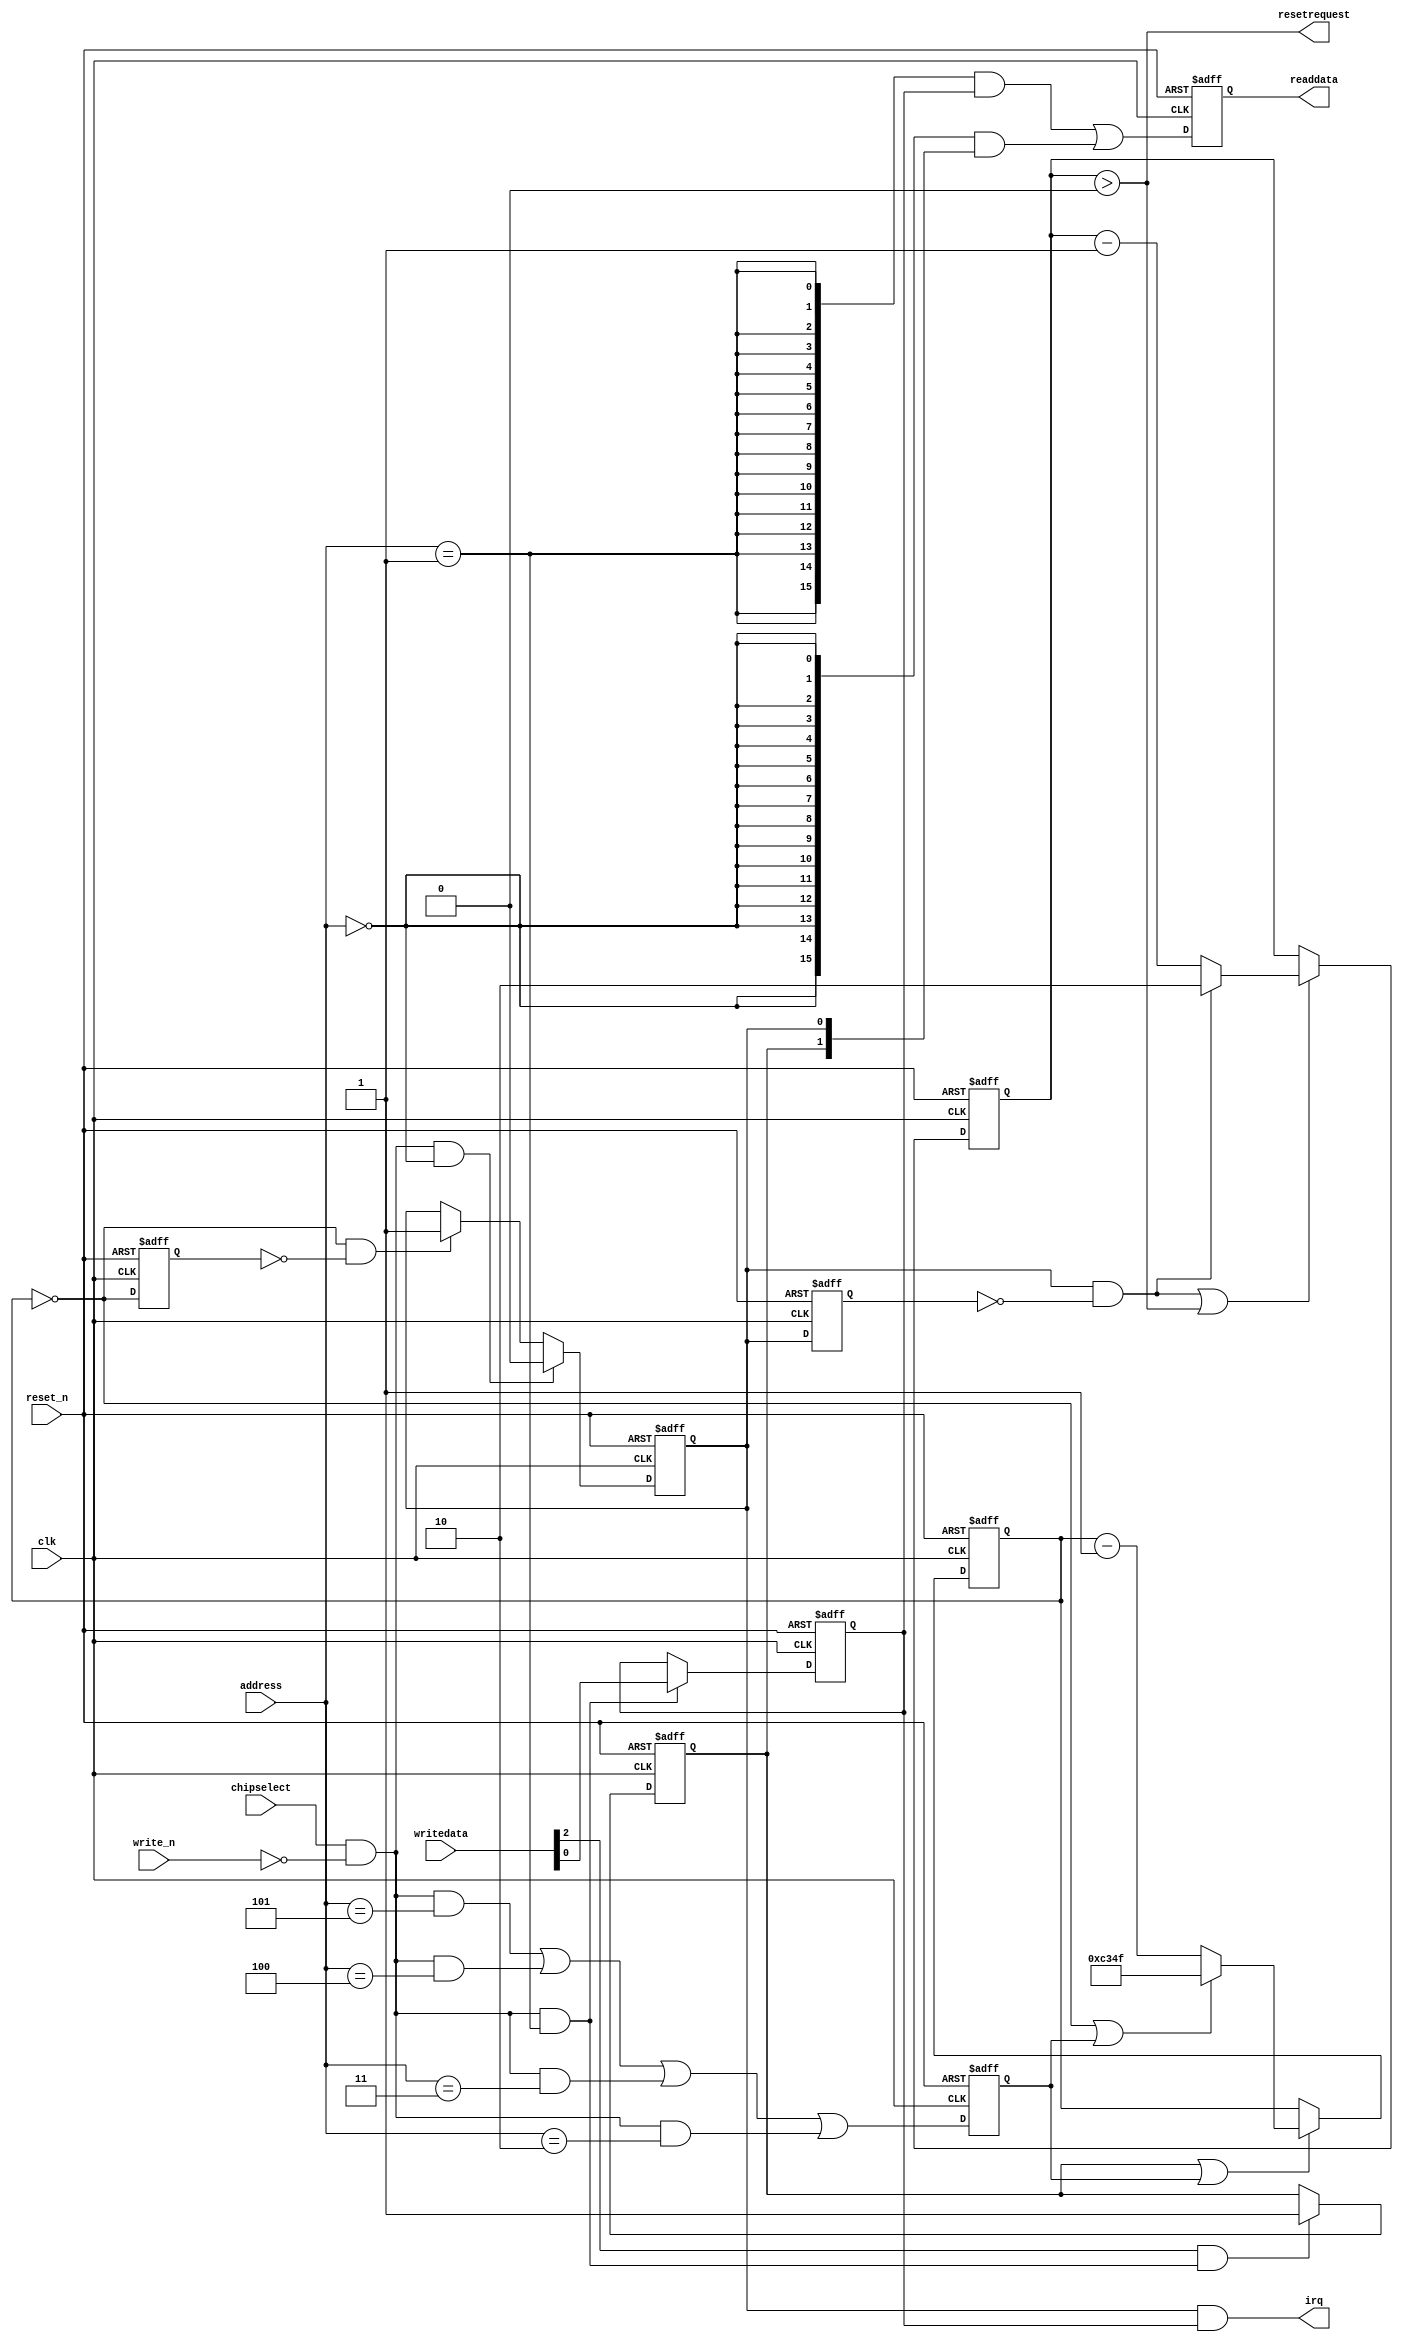
//Legal Notice: (C)2021 Altera Corporation. All rights reserved.  Your
//use of Altera Corporation's design tools, logic functions and other
//software and tools, and its AMPP partner logic functions, and any
//output files any of the foregoing (including device programming or
//simulation files), and any associated documentation or information are
//expressly subject to the terms and conditions of the Altera Program
//License Subscription Agreement or other applicable license agreement,
//including, without limitation, that your use is for the sole purpose
//of programming logic devices manufactured by Altera and sold by Altera
//or its authorized distributors.  Please refer to the applicable
//agreement for further details.

// synthesis translate_off
`timescale 1ns / 1ps
// synthesis translate_on

// turn off superfluous verilog processor warnings 
// altera message_level Level1 
// altera message_off 10034 10035 10036 10037 10230 10240 10030 

module lab62soc_timer_0 (
                          // inputs:
                           address,
                           chipselect,
                           clk,
                           reset_n,
                           write_n,
                           writedata,

                          // outputs:
                           irq,
                           readdata,
                           resetrequest
                        )
;

  output           irq;
  output  [ 15: 0] readdata;
  output           resetrequest;
  input   [  3: 0] address;
  input            chipselect;
  input            clk;
  input            reset_n;
  input            write_n;
  input   [ 15: 0] writedata;


wire             clk_en;
wire             control_interrupt_enable;
reg              control_register;
wire             control_wr_strobe;
reg              counter_is_running;
wire             counter_is_zero;
wire    [ 15: 0] counter_load_value;
reg              delayed_unxcounter_is_zeroxx0;
reg              delayed_unxtimeout_occurredxx1;
wire             do_start_counter;
wire             do_stop_counter;
reg              force_reload;
reg     [ 15: 0] internal_counter;
wire             irq;
wire             period_halfword_0_wr_strobe;
wire             period_halfword_1_wr_strobe;
wire             period_halfword_2_wr_strobe;
wire             period_halfword_3_wr_strobe;
wire    [ 15: 0] read_mux_out;
reg     [ 15: 0] readdata;
wire             resetrequest;
wire             start_strobe;
wire             status_wr_strobe;
reg     [  1: 0] timeout_counter;
wire    [  1: 0] timeout_counter_load_value;
wire             timeout_detected;
wire             timeout_event;
reg              timeout_occurred;
  assign clk_en = 1;
  always @(posedge clk or negedge reset_n)
    begin
      if (reset_n == 0)
          internal_counter <= 16'hC34F;
      else if (counter_is_running || force_reload)
          if (counter_is_zero    || force_reload)
              internal_counter <= counter_load_value;
          else 
            internal_counter <= internal_counter - 1;
    end


  assign counter_is_zero = internal_counter == 0;
  assign counter_load_value = 16'hC34F;
  always @(posedge clk or negedge reset_n)
    begin
      if (reset_n == 0)
          force_reload <= 0;
      else if (clk_en)
          force_reload <= period_halfword_3_wr_strobe || period_halfword_2_wr_strobe || period_halfword_1_wr_strobe || period_halfword_0_wr_strobe;
    end


  assign do_start_counter = start_strobe;
  assign do_stop_counter = 0;
  always @(posedge clk or negedge reset_n)
    begin
      if (reset_n == 0)
          counter_is_running <= 1'b0;
      else if (clk_en)
          if (do_start_counter)
              counter_is_running <= -1;
          else if (do_stop_counter)
              counter_is_running <= 0;
    end


  //delayed_unxcounter_is_zeroxx0, which is an e_register
  always @(posedge clk or negedge reset_n)
    begin
      if (reset_n == 0)
          delayed_unxcounter_is_zeroxx0 <= 0;
      else if (clk_en)
          delayed_unxcounter_is_zeroxx0 <= counter_is_zero;
    end


  assign timeout_event = (counter_is_zero) & ~(delayed_unxcounter_is_zeroxx0);
  always @(posedge clk or negedge reset_n)
    begin
      if (reset_n == 0)
          timeout_occurred <= 0;
      else if (clk_en)
          if (status_wr_strobe)
              timeout_occurred <= 0;
          else if (timeout_event)
              timeout_occurred <= -1;
    end


  assign irq = timeout_occurred && control_interrupt_enable;
  //s1, which is an e_avalon_slave
  //delayed_unxtimeout_occurredxx1, which is an e_register
  always @(posedge clk or negedge reset_n)
    begin
      if (reset_n == 0)
          delayed_unxtimeout_occurredxx1 <= 0;
      else if (clk_en)
          delayed_unxtimeout_occurredxx1 <= timeout_occurred;
    end


  assign timeout_detected = (timeout_occurred) & ~(delayed_unxtimeout_occurredxx1);
  assign timeout_counter_load_value = 2;
  always @(posedge clk or negedge reset_n)
    begin
      if (reset_n == 0)
          timeout_counter <= 0;
      else if (timeout_detected || timeout_counter > 0)
          if (timeout_detected)
              timeout_counter <= timeout_counter_load_value;
          else 
            timeout_counter <= timeout_counter - 1;
    end


  assign resetrequest = timeout_counter > 0;
  assign read_mux_out = ({16 {(address == 1)}} & control_register) |
    ({16 {(address == 0)}} & {counter_is_running,
    timeout_occurred});

  always @(posedge clk or negedge reset_n)
    begin
      if (reset_n == 0)
          readdata <= 0;
      else if (clk_en)
          readdata <= read_mux_out;
    end


  assign period_halfword_0_wr_strobe = chipselect && ~write_n && (address == 2);
  assign period_halfword_1_wr_strobe = chipselect && ~write_n && (address == 3);
  assign period_halfword_2_wr_strobe = chipselect && ~write_n && (address == 4);
  assign period_halfword_3_wr_strobe = chipselect && ~write_n && (address == 5);
  assign control_wr_strobe = chipselect && ~write_n && (address == 1);
  always @(posedge clk or negedge reset_n)
    begin
      if (reset_n == 0)
          control_register <= 0;
      else if (control_wr_strobe)
          control_register <= writedata[0];
    end


  assign start_strobe = writedata[2] && control_wr_strobe;
  assign control_interrupt_enable = control_register;
  assign status_wr_strobe = chipselect && ~write_n && (address == 0);

endmodule